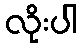
လိုးပါ